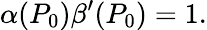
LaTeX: \alpha(P_{0})\beta^{\prime}(P_{0})=1.